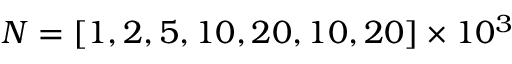
N = [ 1 , 2 , 5 , 1 0 , 2 0 , 1 0 , 2 0 ] \times 1 0 ^ { 3 }